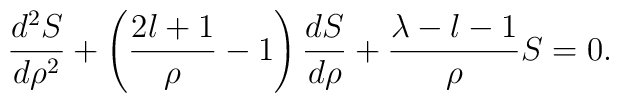
\frac{d^2S}{d\rho^2} + \left(\frac{2l+1}{\rho}-1\right)\frac{dS}{d\rho} +\frac{\lambda-l-1}{\rho}S=0.